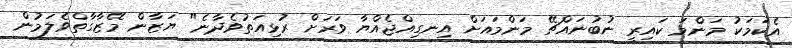
އެކަމަކު މަންމަ ކައިރީ ނުބުނައްޗޭ މަންމައަށް އިނގިއްޖެއްޔާ ވަރަށް ރުޅިއަތުވެދާނެ" ޔަޒާން މޭޒާގާތްވެލަމުން